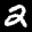
Label: 2